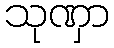
သုဏှာ